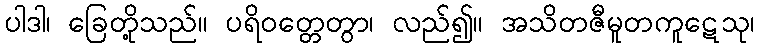
ပါဒါ၊ ခြေတို့သည်။ ပရိဝတ္တေတွာ၊ လည်၍။ အသိတဇီမူတကူဋေသု၊